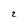
Character: 2